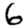
Digit: 6